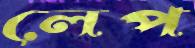
লেপ